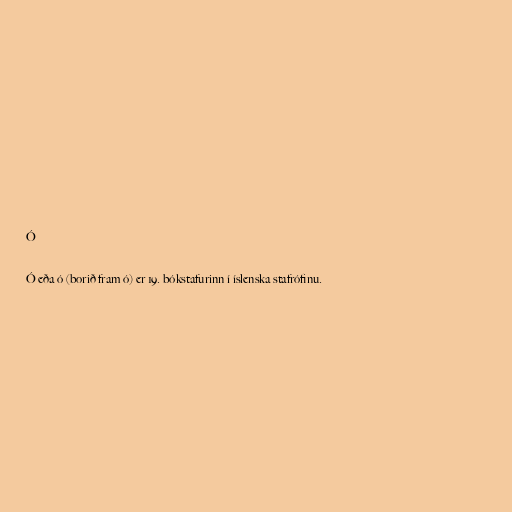
Ó

Ó eða ó (borið fram ó) er 19. bókstafurinn í íslenska stafrófinu.